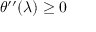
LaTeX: \theta ^ { \prime \prime } ( \lambda ) \geq 0